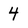
Character: 4